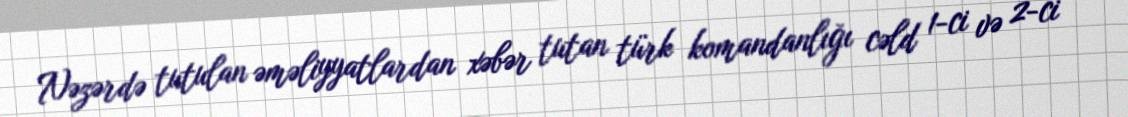
Nəzərdə tutulan əməliyyatlardan xəbər tutan türk komandanlığı cəld 1-ci və 2-ci